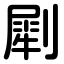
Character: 㓾